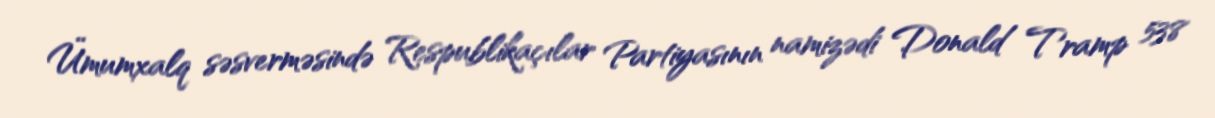
Ümumxalq səsverməsində Respublikaçılar Partiyasının namizədi Donald Tramp 538